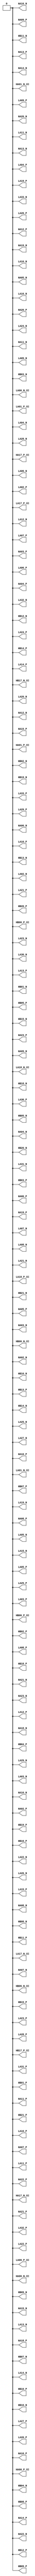
module fmc_hpc (output HA00_N_CC,output HA00_P_CC,output HA01_N_CC,output HA01_P_CC,output HA02_N,output HA02_P,output HA03_N,output HA03_P,output HA04_N,output HA04_P,output HA05_N,output HA05_P,output HA06_N,output HA06_P,output HA07_N,output HA07_P,output HA08_N,output HA08_P,output HA09_N,output HA09_P,output HA10_N,output HA10_P,output HA11_N,output HA11_P,output HA12_N,output HA12_P,output HA13_N,output HA13_P,output HA14_N,output HA14_P,output HA15_N,output HA15_P,output HA16_N,output HA16_P,output HA17_N_CC,output HA17_P_CC,output HA18_N,output HA18_P,output HA19_N,output HA19_P,output HA20_N,output HA20_P,output HA21_N,output HA21_P,output HA22_N,output HA22_P,output HA23_N,output HA23_P,output HB00_N_CC,output HB00_P_CC,output HB01_N,output HB01_P,output HB02_N,output HB02_P,output HB03_N,output HB03_P,output HB04_N,output HB04_P,output HB05_N,output HB05_P,output HB06_N_CC,output HB06_P_CC,output HB07_N,output HB07_P,output HB08_N,output HB08_P,output HB09_N,output HB09_P,output HB10_N,output HB10_P,output HB11_N,output HB11_P,output HB12_N,output HB12_P,output HB13_N,output HB13_P,output HB14_N,output HB14_P,output HB15_N,output HB15_P,output HB16_N,output HB16_P,output HB17_N_CC,output HB17_P_CC,output HB18_N,output HB18_P,output HB19_N,output HB19_P,output HB20_N,output HB20_P,output HB21_N,output HB21_P,output LA00_N_CC,output LA00_P_CC,output LA01_N_CC,output LA01_P_CC,output LA02_N,output LA02_P,output LA03_N,output LA03_P,output LA04_N,output LA04_P,output LA05_N,output LA05_P,output LA06_N,output LA06_P,output LA07_N,output LA07_P,output LA08_N,output LA08_P,output LA09_N,output LA09_P,output LA10_N,output LA10_P,output LA11_N,output LA11_P,output LA12_N,output LA12_P,output LA13_N,output LA13_P,output LA14_N,output LA14_P,output LA15_N,output LA15_P,output LA16_N,output LA16_P,output LA17_N_CC,output LA17_P_CC,output LA18_N_CC,output LA18_P_CC,output LA19_N,output LA19_P,output LA20_N,output LA20_P,output LA21_N,output LA21_P,output LA22_N,output LA22_P,output LA23_N,output LA23_P,output LA24_N,output LA24_P,output LA25_N,output LA25_P,output LA26_N,output LA26_P,output LA27_N,output LA27_P,output LA28_N,output LA28_P,output LA29_N,output LA29_P,output LA30_N,output LA30_P,output LA31_N,output LA31_P,output LA32_N,output LA32_P,output LA33_N,output LA33_P);
// pin HA00_N_CC is   IO_L12N_T1_MRCC_33 bank  33 bus_bmb7_J103[100]        AD9
// pin HA00_P_CC is   IO_L12P_T1_MRCC_33 bank  33 bus_bmb7_J103[92]        AC9
// pin HA01_N_CC is   IO_L11N_T1_SRCC_33 bank  33 bus_bmb7_J103[90]        AB9
// pin HA01_P_CC is   IO_L11P_T1_SRCC_33 bank  33 bus_bmb7_J103[55]        AA9
// pin HA02_N is     IO_L3N_T0_DQS_33 bank  33 bus_bmb7_J103[1]         W9
// pin HA02_P is     IO_L3P_T0_DQS_33 bank  33 bus_bmb7_J103[46]        W10
// pin HA03_N is         IO_L4N_T0_33 bank  33 bus_bmb7_J103[133]         Y7
// pin HA03_P is         IO_L4P_T0_33 bank  33 bus_bmb7_J103[3]         Y8
// pin HA04_N is         IO_L7N_T1_33 bank  33 bus_bmb7_J103[65]        AF7
// pin HA04_P is         IO_L7P_T1_33 bank  33 bus_bmb7_J103[30]        AE7
// pin HA05_N is         IO_L8N_T1_33 bank  33 bus_bmb7_J103[106]        AA7
// pin HA05_P is         IO_L8P_T1_33 bank  33 bus_bmb7_J103[122]        AA8
// pin HA06_N is        IO_L20N_T3_33 bank  33 bus_bmb7_J103[11]       AE10
// pin HA06_P is        IO_L20P_T3_33 bank  33 bus_bmb7_J103[32]       AD10
// pin HA07_N is        IO_L10N_T1_33 bank  33 bus_bmb7_J103[124]        AC7
// pin HA07_P is        IO_L10P_T1_33 bank  33 bus_bmb7_J103[126]        AB7
// pin HA08_N is     IO_L9N_T1_DQS_33 bank  33 bus_bmb7_J103[159]        AD8
// pin HA08_P is     IO_L9P_T1_DQS_33 bank  33 bus_bmb7_J103[82]        AC8
// pin HA09_N is        IO_L24N_T3_33 bank  33 bus_bmb7_J103[70]        AF9
// pin HA09_P is        IO_L24P_T3_33 bank  33 bus_bmb7_J103[114]       AF10
// pin HA10_N is         IO_L5N_T0_33 bank  33 bus_bmb7_J103[66]        Y10
// pin HA10_P is         IO_L5P_T0_33 bank  33 bus_bmb7_J103[26]        Y11
// pin HA11_N is        IO_L18N_T2_33 bank  33 bus_bmb7_J103[98]        Y12
// pin HA11_P is        IO_L18P_T2_33 bank  33 bus_bmb7_J103[105]        Y13
// pin HA12_N is   IO_L19N_T3_VREF_33 bank  33 bus_bmb7_J103[78]       AE11
// pin HA12_P is        IO_L19P_T3_33 bank  33 bus_bmb7_J103[60]       AD11
// pin HA13_N is        IO_L22N_T3_33 bank  33 bus_bmb7_J103[139]        AF8
// pin HA13_P is        IO_L22P_T3_33 bank  33 bus_bmb7_J103[69]        AE8
// pin HA14_N is        IO_L17N_T2_33 bank  33 bus_bmb7_J103[96]       AD13
// pin HA14_P is        IO_L17P_T2_33 bank  33 bus_bmb7_J103[131]       AC13
// pin HA15_N is        IO_L16N_T2_33 bank  33 bus_bmb7_J103[149]       AA12
// pin HA15_P is        IO_L16P_T2_33 bank  33 bus_bmb7_J103[20]       AA13
// pin HA16_N is    IO_L15N_T2_DQS_33 bank  33 bus_bmb7_J103[19]       AC12
// pin HA16_P is    IO_L15P_T2_DQS_33 bank  33 bus_bmb7_J103[35]       AB12
// pin HA17_N_CC is   IO_L13N_T2_MRCC_33 bank  33 bus_bmb7_J103[128]       AC11
// pin HA17_P_CC is   IO_L13P_T2_MRCC_33 bank  33 bus_bmb7_J103[143]       AB11
// pin HA18_N is   IO_L14N_T2_SRCC_33 bank  33 bus_bmb7_J103[27]       AB10
// pin HA18_P is   IO_L14P_T2_SRCC_33 bank  33 bus_bmb7_J103[64]       AA10
// pin HA19_N is        IO_L23N_T3_33 bank  33 bus_bmb7_J103[148]       AF13
// pin HA19_P is        IO_L23P_T3_33 bank  33 bus_bmb7_J103[125]       AE13
// pin HA20_N is    IO_L21N_T3_DQS_33 bank  33 bus_bmb7_J103[138]       AF12
// pin HA20_P is    IO_L21P_T3_DQS_33 bank  33 bus_bmb7_J103[68]       AE12
// pin HA21_N is         IO_L1N_T0_33 bank  33 bus_bmb7_J103[13]        W11
// pin HA21_P is         IO_L1P_T0_33 bank  33 bus_bmb7_J103[91]        V11
// pin HA22_N is    IO_L6N_T0_VREF_33 bank  33 bus_bmb7_J103[152]         W8
// pin HA22_P is         IO_L6P_T0_33 bank  33 bus_bmb7_J103[31]         V9
// pin HA23_N is         IO_L2N_T0_33 bank  33 bus_bmb7_J103[140]         V7
// pin HA23_P is         IO_L2P_T0_33 bank  33 bus_bmb7_J103[44]         V8
// pin HB00_N_CC is   IO_L13N_T2_MRCC_12 bank  12 bus_bmb7_J103[36]       AA22
// pin HB00_P_CC is   IO_L13P_T2_MRCC_12 bank  12 bus_bmb7_J103[113]        Y22
// pin HB01_N is   IO_L19N_T3_VREF_12 bank  12 bus_bmb7_J103[14]       AE21
// pin HB01_P is        IO_L19P_T3_12 bank  12 bus_bmb7_J103[25]       AD21
// pin HB02_N is    IO_L6N_T0_VREF_12 bank  12 bus_bmb7_J103[43]        W21
// pin HB02_P is         IO_L6P_T0_12 bank  12 bus_bmb7_J103[110]        V21
// pin HB03_N is         IO_L1N_T0_12 bank  12 bus_bmb7_J103[17]        V22
// pin HB03_P is         IO_L1P_T0_12 bank  12 bus_bmb7_J103[88]        U22
// pin HB04_N is        IO_L22N_T3_12 bank  12 bus_bmb7_J103[53]       AF23
// pin HB04_P is        IO_L22P_T3_12 bank  12 bus_bmb7_J103[15]       AE23
// pin HB05_N is        IO_L24N_T3_12 bank  12 bus_bmb7_J103[135]       AF22
// pin HB05_P is        IO_L24P_T3_12 bank  12 bus_bmb7_J103[112]       AE22
// pin HB06_N_CC is   IO_L14N_T2_SRCC_12 bank  12 bus_bmb7_J103[150]       AC24
// pin HB06_P_CC is   IO_L14P_T2_SRCC_12 bank  12 bus_bmb7_J103[54]       AC23
// pin HB07_N is        IO_L17N_T2_12 bank  12 bus_bmb7_J103[123]       AC22
// pin HB07_P is        IO_L17P_T2_12 bank  12 bus_bmb7_J103[59]       AB22
// pin HB08_N is        IO_L18N_T2_12 bank  12 bus_bmb7_J103[103]       AC21
// pin HB08_P is        IO_L18P_T2_12 bank  12 bus_bmb7_J103[141]       AB21
// pin HB09_N is        IO_L16N_T2_12 bank  12 bus_bmb7_J103[48]       AD24
// pin HB09_P is        IO_L16P_T2_12 bank  12 bus_bmb7_J103[33]       AD23
// pin HB10_N is        IO_L20N_T3_12 bank  12 bus_bmb7_J103[6]       AF25
// pin HB10_P is        IO_L20P_T3_12 bank  12 bus_bmb7_J103[77]       AF24
// pin HB11_N is         IO_L8N_T1_12 bank  12 bus_bmb7_J103[49]        W24
// pin HB11_P is         IO_L8P_T1_12 bank  12 bus_bmb7_J103[37]        W23
// pin HB12_N is         IO_L2N_T0_12 bank  12 bus_bmb7_J103[116]        U25
// pin HB12_P is         IO_L2P_T0_12 bank  12 bus_bmb7_J103[2]        U24
// pin HB13_N is        IO_L10N_T1_12 bank  12 bus_bmb7_J103[127]        Y26
// pin HB13_P is        IO_L10P_T1_12 bank  12 bus_bmb7_J103[61]        Y25
// pin HB14_N is    IO_L21N_T3_DQS_12 bank  12 bus_bmb7_J103[38]       AE26
// pin HB14_P is    IO_L21P_T3_DQS_12 bank  12 bus_bmb7_J103[151]       AD26
// pin HB15_N is        IO_L23N_T3_12 bank  12 bus_bmb7_J103[62]       AE25
// pin HB15_P is        IO_L23P_T3_12 bank  12 bus_bmb7_J103[107]       AD25
// pin HB16_N is     IO_L9N_T1_DQS_12 bank  12 bus_bmb7_J103[104]       AC26
// pin HB16_P is     IO_L9P_T1_DQS_12 bank  12 bus_bmb7_J103[10]       AB26
// pin HB17_N_CC is   IO_L12N_T1_MRCC_12 bank  12 bus_bmb7_J103[72]       AA24
// pin HB17_P_CC is   IO_L12P_T1_MRCC_12 bank  12 bus_bmb7_J103[129]        Y23
// pin HB18_N is         IO_L4N_T0_12 bank  12 bus_bmb7_J103[115]        V26
// pin HB18_P is         IO_L4P_T0_12 bank  12 bus_bmb7_J103[86]        U26
// pin HB19_N is         IO_L7N_T1_12 bank  12 bus_bmb7_J103[99]       AB25
// pin HB19_P is         IO_L7P_T1_12 bank  12 bus_bmb7_J103[147]       AA25
// pin HB20_N is         IO_L5N_T0_12 bank  12 bus_bmb7_J103[47]        W26
// pin HB20_P is         IO_L5P_T0_12 bank  12 bus_bmb7_J103[22]        W25
// pin HB21_N is     IO_L3N_T0_DQS_12 bank  12 bus_bmb7_J103[75]        V24
// pin HB21_P is     IO_L3P_T0_DQS_12 bank  12 bus_bmb7_J103[157]        V23
// pin LA00_N_CC is   IO_L12N_T1_MRCC_34 bank  34 bus_bmb7_J103[52]        AA2
// pin LA00_P_CC is   IO_L12P_T1_MRCC_34 bank  34 bus_bmb7_J103[39]        AA3
// pin LA01_N_CC is   IO_L13N_T2_MRCC_34 bank  34 bus_bmb7_J103[102]        AB4
// pin LA01_P_CC is   IO_L13P_T2_MRCC_34 bank  34 bus_bmb7_J103[28]        AA4
// pin LA02_N is        IO_L20N_T3_34 bank  34 bus_bmb7_J103[153]        AE1
// pin LA02_P is        IO_L20P_T3_34 bank  34 bus_bmb7_J103[16]        AD1
// pin LA03_N is    IO_L21N_T3_DQS_34 bank  34 bus_bmb7_J103[109]        AF4
// pin LA03_P is    IO_L21P_T3_DQS_34 bank  34 bus_bmb7_J103[132]        AF5
// pin LA04_N is         IO_L8N_T1_34 bank  34 bus_bmb7_J103[121]         V1
// pin LA04_P is         IO_L8P_T1_34 bank  34 bus_bmb7_J103[8]         V2
// pin LA05_N is     IO_L9N_T1_DQS_34 bank  34 bus_bmb7_J103[97]        AC1
// pin LA05_P is     IO_L9P_T1_DQS_34 bank  34 bus_bmb7_J103[144]        AB1
// pin LA06_N is        IO_L16N_T2_34 bank  34 bus_bmb7_J103[83]        AC6
// pin LA06_P is        IO_L16P_T2_34 bank  34 bus_bmb7_J103[76]        AB6
// pin LA07_N is        IO_L10N_T1_34 bank  34 bus_bmb7_J103[154]         Y1
// pin LA07_P is        IO_L10P_T1_34 bank  34 bus_bmb7_J103[130]         W1
// pin LA08_N is         IO_L7N_T1_34 bank  34 bus_bmb7_J103[45]         Y2
// pin LA08_P is         IO_L7P_T1_34 bank  34 bus_bmb7_J103[137]         Y3
// pin LA09_N is        IO_L23N_T3_34 bank  34 bus_bmb7_J103[93]        AE5
// pin LA09_P is        IO_L23P_T3_34 bank  34 bus_bmb7_J103[12]        AE6
// pin LA10_N is   IO_L14N_T2_SRCC_34 bank  34 bus_bmb7_J103[145]        AC3
// pin LA10_P is   IO_L14P_T2_SRCC_34 bank  34 bus_bmb7_J103[120]        AC4
// pin LA11_N is    IO_L6N_T0_VREF_34 bank  34 bus_bmb7_J103[58]         W4
// pin LA11_P is         IO_L6P_T0_34 bank  34 bus_bmb7_J103[81]         V4
// pin LA12_N is        IO_L24N_T3_34 bank  34 bus_bmb7_J103[95]        AF2
// pin LA12_P is        IO_L24P_T3_34 bank  34 bus_bmb7_J103[119]        AF3
// pin LA13_N is     IO_L3N_T0_DQS_34 bank  34 bus_bmb7_J103[158]         W5
// pin LA13_P is     IO_L3P_T0_DQS_34 bank  34 bus_bmb7_J103[56]         W6
// pin LA14_N is         IO_L2N_T0_34 bank  34 bus_bmb7_J103[71]         U1
// pin LA14_P is         IO_L2P_T0_34 bank  34 bus_bmb7_J103[117]         U2
// pin LA15_N is   IO_L11N_T1_SRCC_34 bank  34 bus_bmb7_J103[18]        AC2
// pin LA15_P is   IO_L11P_T1_SRCC_34 bank  34 bus_bmb7_J103[41]        AB2
// pin LA16_N is        IO_L17N_T2_34 bank  34 bus_bmb7_J103[42]         Y5
// pin LA16_P is        IO_L17P_T2_34 bank  34 bus_bmb7_J103[156]         Y6
// pin LA17_N_CC is   IO_L12N_T1_MRCC_32 bank  32 bus_bmb7_J103[108]       AC16
// pin LA17_P_CC is   IO_L12P_T1_MRCC_32 bank  32 bus_bmb7_J103[9]       AB16
// pin LA18_N_CC is   IO_L13N_T2_MRCC_32 bank  32 bus_bmb7_J103[50]       AD18
// pin LA18_P_CC is   IO_L13P_T2_MRCC_32 bank  32 bus_bmb7_J103[74]       AC18
// pin LA19_N is         IO_L2N_T0_32 bank  32 bus_bmb7_J103[155]       AF15
// pin LA19_P is         IO_L2P_T0_32 bank  32 bus_bmb7_J103[23]       AF14
// pin LA20_N is   IO_L19N_T3_VREF_32 bank  32 bus_bmb7_J103[111]        Y18
// pin LA20_P is        IO_L19P_T3_32 bank  32 bus_bmb7_J103[134]        Y17
// pin LA21_N is         IO_L8N_T1_32 bank  32 bus_bmb7_J103[5]       AD14
// pin LA21_P is         IO_L8P_T1_32 bank  32 bus_bmb7_J103[87]       AC14
// pin LA22_N is         IO_L5N_T0_32 bank  32 bus_bmb7_J103[29]       AF20
// pin LA22_P is         IO_L5P_T0_32 bank  32 bus_bmb7_J103[142]       AF19
// pin LA23_N is         IO_L4N_T0_32 bank  32 bus_bmb7_J103[146]       AE15
// pin LA23_P is         IO_L4P_T0_32 bank  32 bus_bmb7_J103[7]       AD15
// pin LA24_N is        IO_L18N_T2_32 bank  32 bus_bmb7_J103[80]       AB20
// pin LA24_P is        IO_L18P_T2_32 bank  32 bus_bmb7_J103[21]       AB19
// pin LA25_N is    IO_L15N_T2_DQS_32 bank  32 bus_bmb7_J103[34]       AE20
// pin LA25_P is    IO_L15P_T2_DQS_32 bank  32 bus_bmb7_J103[57]       AD20
// pin LA26_N is         IO_L1N_T0_32 bank  32 bus_bmb7_J103[79]       AF17
// pin LA26_P is         IO_L1P_T0_32 bank  32 bus_bmb7_J103[89]       AE17
// pin LA27_N is         IO_L7N_T1_32 bank  32 bus_bmb7_J103[84]       AA15
// pin LA27_P is         IO_L7P_T1_32 bank  32 bus_bmb7_J103[4]       AA14
// pin LA28_N is     IO_L9N_T1_DQS_32 bank  32 bus_bmb7_J103[136]        Y16
// pin LA28_P is     IO_L9P_T1_DQS_32 bank  32 bus_bmb7_J103[101]        Y15
// pin LA29_N is        IO_L16N_T2_32 bank  32 bus_bmb7_J103[24]       AA20
// pin LA29_P is        IO_L16P_T2_32 bank  32 bus_bmb7_J103[0]       AA19
// pin LA30_N is        IO_L22N_T3_32 bank  32 bus_bmb7_J103[118]        W16
// pin LA30_P is        IO_L22P_T3_32 bank  32 bus_bmb7_J103[67]        W15
// pin LA31_N is        IO_L24N_T3_32 bank  32 bus_bmb7_J103[85]        W14
// pin LA31_P is        IO_L24P_T3_32 bank  32 bus_bmb7_J103[94]        V14
// pin LA32_N is        IO_L20N_T3_32 bank  32 bus_bmb7_J103[63]        V17
// pin LA32_P is        IO_L20P_T3_32 bank  32 bus_bmb7_J103[73]        V16
// pin LA33_N is        IO_L23N_T3_32 bank  32 bus_bmb7_J103[40]        V19
// pin LA33_P is        IO_L23P_T3_32 bank  32 bus_bmb7_J103[51]        V18
assign HA00_N_CC=0;
assign HA00_P_CC=0;
assign HA01_N_CC=0;
assign HA01_P_CC=0;
assign HA02_N=0;
assign HA02_P=0;
assign HA03_N=0;
assign HA03_P=0;
assign HA04_N=0;
assign HA04_P=0;
assign HA05_N=0;
assign HA05_P=0;
assign HA06_N=0;
assign HA06_P=0;
assign HA07_N=0;
assign HA07_P=0;
assign HA08_N=0;
assign HA08_P=0;
assign HA09_N=0;
assign HA09_P=0;
assign HA10_N=0;
assign HA10_P=0;
assign HA11_N=0;
assign HA11_P=0;
assign HA12_N=0;
assign HA12_P=0;
assign HA13_N=0;
assign HA13_P=0;
assign HA14_N=0;
assign HA14_P=0;
assign HA15_N=0;
assign HA15_P=0;
assign HA16_N=0;
assign HA16_P=0;
assign HA17_N_CC=0;
assign HA17_P_CC=0;
assign HA18_N=0;
assign HA18_P=0;
assign HA19_N=0;
assign HA19_P=0;
assign HA20_N=0;
assign HA20_P=0;
assign HA21_N=0;
assign HA21_P=0;
assign HA22_N=0;
assign HA22_P=0;
assign HA23_N=0;
assign HA23_P=0;
assign HB00_N_CC=0;
assign HB00_P_CC=0;
assign HB01_N=0;
assign HB01_P=0;
assign HB02_N=0;
assign HB02_P=0;
assign HB03_N=0;
assign HB03_P=0;
assign HB04_N=0;
assign HB04_P=0;
assign HB05_N=0;
assign HB05_P=0;
assign HB06_N_CC=0;
assign HB06_P_CC=0;
assign HB07_N=0;
assign HB07_P=0;
assign HB08_N=0;
assign HB08_P=0;
assign HB09_N=0;
assign HB09_P=0;
assign HB10_N=0;
assign HB10_P=0;
assign HB11_N=0;
assign HB11_P=0;
assign HB12_N=0;
assign HB12_P=0;
assign HB13_N=0;
assign HB13_P=0;
assign HB14_N=0;
assign HB14_P=0;
assign HB15_N=0;
assign HB15_P=0;
assign HB16_N=0;
assign HB16_P=0;
assign HB17_N_CC=0;
assign HB17_P_CC=0;
assign HB18_N=0;
assign HB18_P=0;
assign HB19_N=0;
assign HB19_P=0;
assign HB20_N=0;
assign HB20_P=0;
assign HB21_N=0;
assign HB21_P=0;
assign LA00_N_CC=0;
assign LA00_P_CC=0;
assign LA01_N_CC=0;
assign LA01_P_CC=0;
assign LA02_N=0;
assign LA02_P=0;
assign LA03_N=0;
assign LA03_P=0;
assign LA04_N=0;
assign LA04_P=0;
assign LA05_N=0;
assign LA05_P=0;
assign LA06_N=0;
assign LA06_P=0;
assign LA07_N=0;
assign LA07_P=0;
assign LA08_N=0;
assign LA08_P=0;
assign LA09_N=0;
assign LA09_P=0;
assign LA10_N=0;
assign LA10_P=0;
assign LA11_N=0;
assign LA11_P=0;
assign LA12_N=0;
assign LA12_P=0;
assign LA13_N=0;
assign LA13_P=0;
assign LA14_N=0;
assign LA14_P=0;
assign LA15_N=0;
assign LA15_P=0;
assign LA16_N=0;
assign LA16_P=0;
assign LA17_N_CC=0;
assign LA17_P_CC=0;
assign LA18_N_CC=0;
assign LA18_P_CC=0;
assign LA19_N=0;
assign LA19_P=0;
assign LA20_N=0;
assign LA20_P=0;
assign LA21_N=0;
assign LA21_P=0;
assign LA22_N=0;
assign LA22_P=0;
assign LA23_N=0;
assign LA23_P=0;
assign LA24_N=0;
assign LA24_P=0;
assign LA25_N=0;
assign LA25_P=0;
assign LA26_N=0;
assign LA26_P=0;
assign LA27_N=0;
assign LA27_P=0;
assign LA28_N=0;
assign LA28_P=0;
assign LA29_N=0;
assign LA29_P=0;
assign LA30_N=0;
assign LA30_P=0;
assign LA31_N=0;
assign LA31_P=0;
assign LA32_N=0;
assign LA32_P=0;
assign LA33_N=0;
assign LA33_P=0;

endmodule